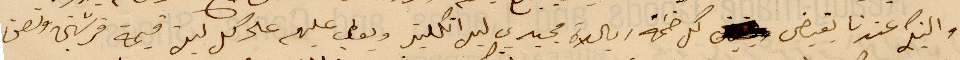
والبنك عندنا يقيض كل ضمة ريالاة مجيدي ليرا انكليز ويعطي عليهم على كل ليف قيمة قرشين ونصف